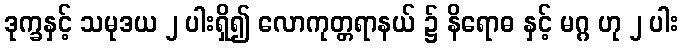
ဒုက္ခနှင့် သမုဒယ ၂ ပါးရှိ၍ လောကုတ္တရာနယ် ၌ နိရောဓ နှင့် မဂ္ဂ ဟု ၂ ပါး